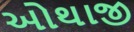
ઓથાજી